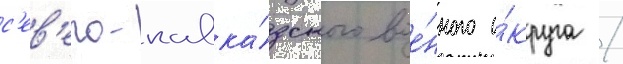
с'ев'еро-кавка́зского вое́нного о́круга /